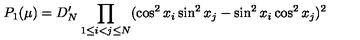
P _ { 1 } ( \mu ) = D _ { N } ^ { \prime } \prod _ { 1 \le i < j \le N } ( \cos ^ { 2 } x _ { i } \sin ^ { 2 } x _ { j } - \sin ^ { 2 } x _ { i } \cos ^ { 2 } x _ { j } ) ^ { 2 }